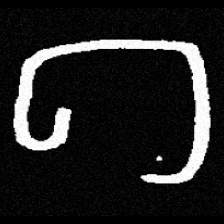
Pyu character \u2014 Myanmar letter: ဂ (romanized: ga)